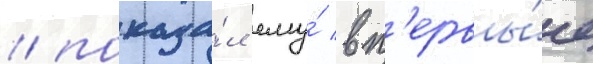
/ показа́л ему́ вп'ервы́е